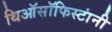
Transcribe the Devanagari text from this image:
थिऑसॉफिस्टांनी